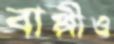
বাপ্পীও